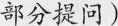
部分提问)